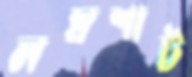
লম্বশাট